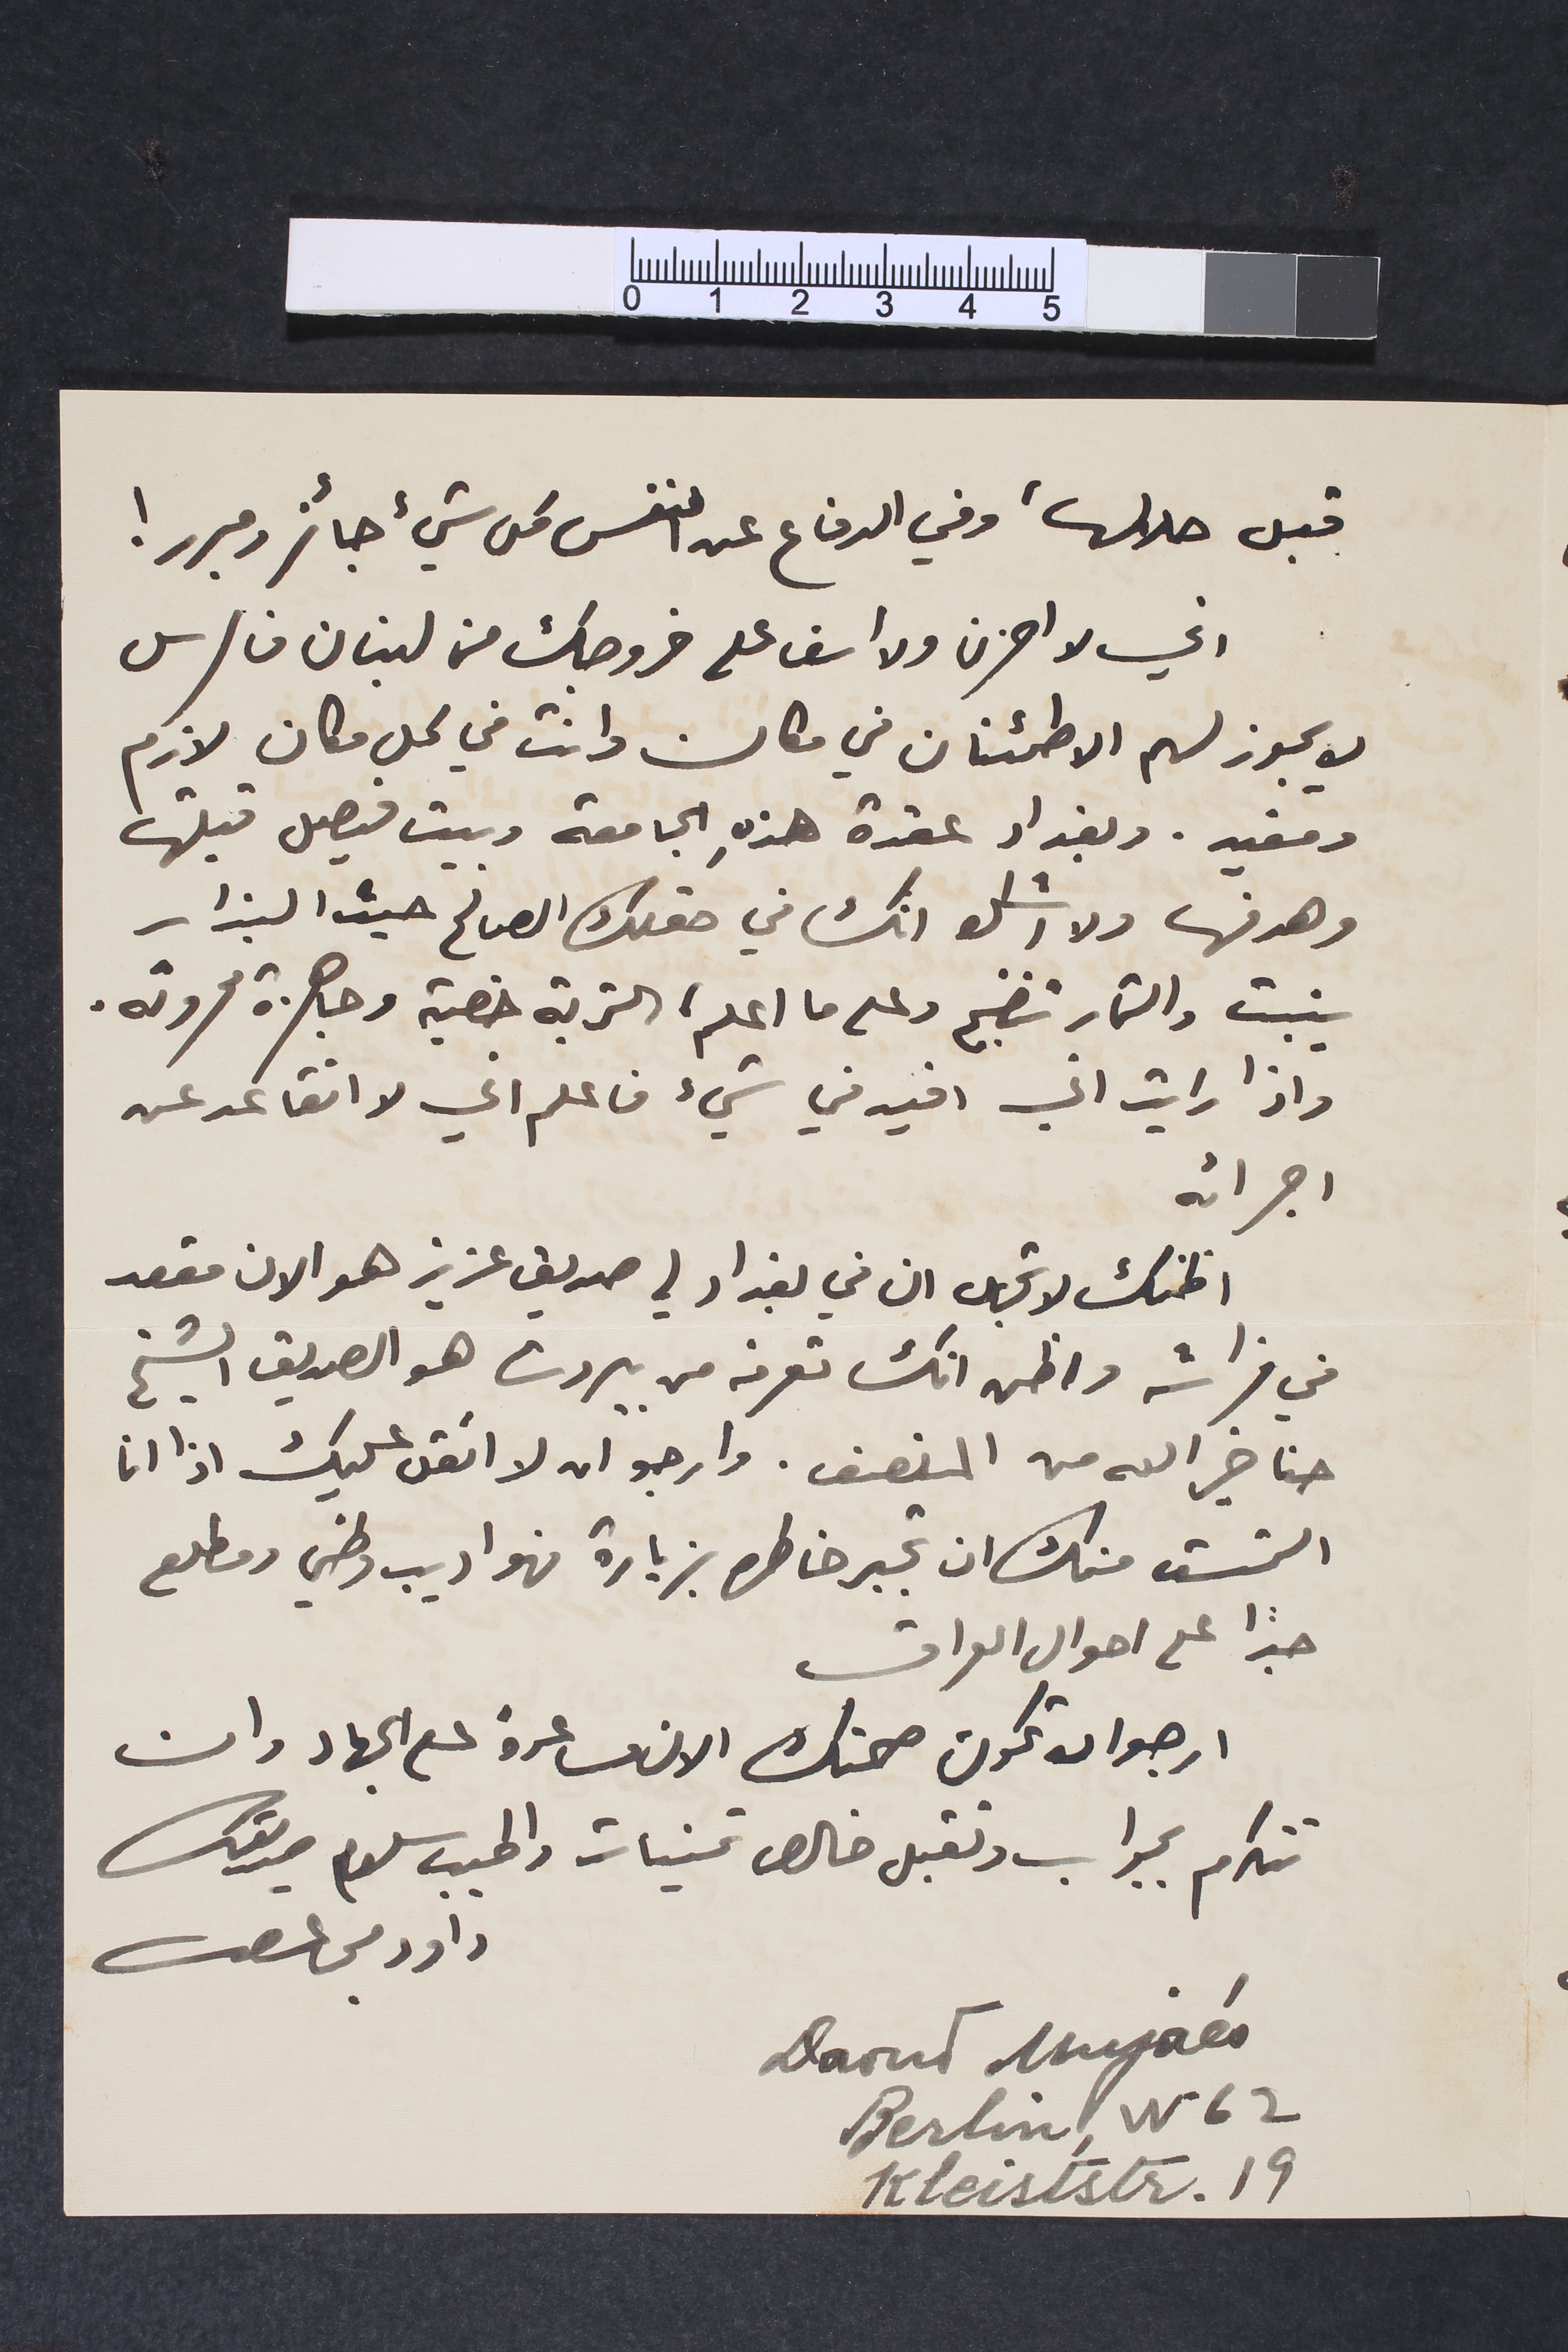
قبل حلالها، وفي الدفاع عن النفس كل شيء جائز ومبرر!
أي لا احزن ولا أسف عل خروجك من لبنان فارس
لا يجوز لهم الأطمئنان في مكان وانت في كل مكان لازم
ومفيد. وبغداد عقدة هذهِ الجامعة وبيت فيصل قبلتها
وهدفها ولا اشك انك في حقلك الصالح حيث البذار
ينبت والثمار تنضج وعلى ما اعلم، التربة خصبة وجاهزة محروثه.
واذا رايت اني افيد في شيء فاعلم اني لا اتقاعد عن
اجرائه
اظنك لا تجهل ان في بغداد لي صديق عزيز هو الان مقعد
في فراشه واظن انك تعرفه من بيروت هو الصديق الشيخ
حنا خيرالله من المنصف. وارجو ان لا اتقل عليك اذا انا
التمست منك ان تجبر خاطره بزيارة فهو اديب وطني ومطلع
جدًا على احوال العراق
ارجو ان تكون صحتك الان مساعدة على الجهاد وان
تتكرم بجواب وتقبل خالص تمنيات واطيب سلام صديقك
داود مجاعص
Daoud Mujaés
Berlin, W62
Kleiststr.19